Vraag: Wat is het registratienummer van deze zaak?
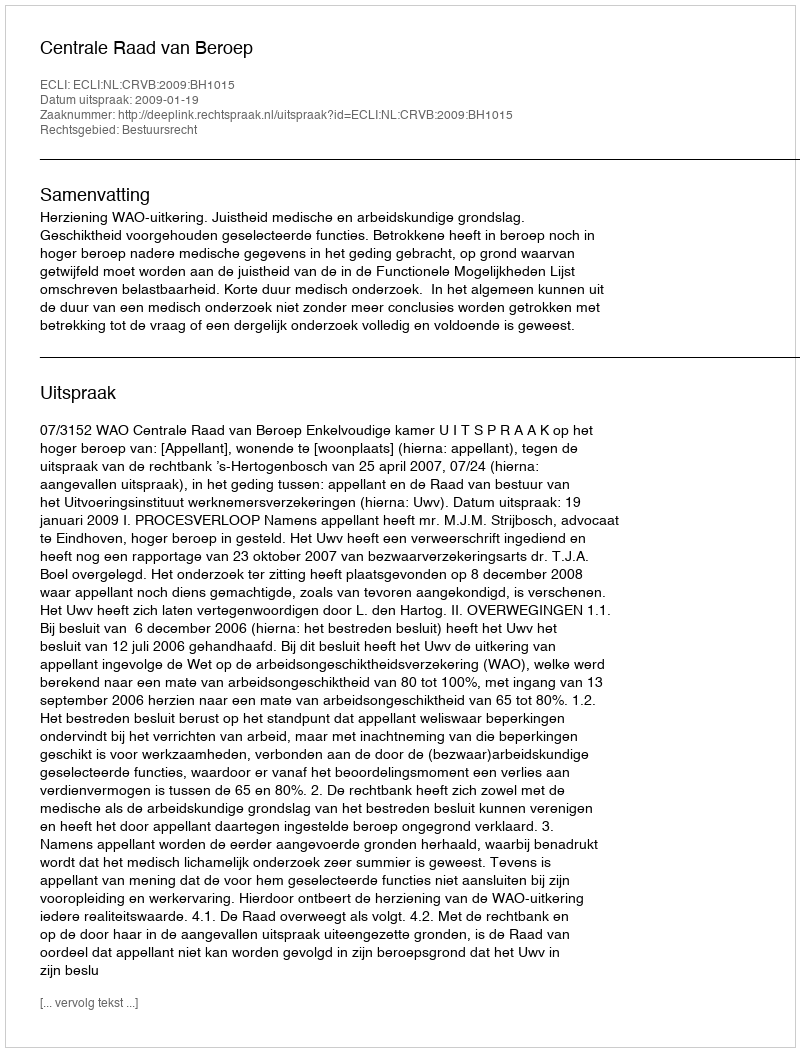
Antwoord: http://deeplink.rechtspraak.nl/uitspraak?id=ECLI:NL:CRVB:2009:BH1015